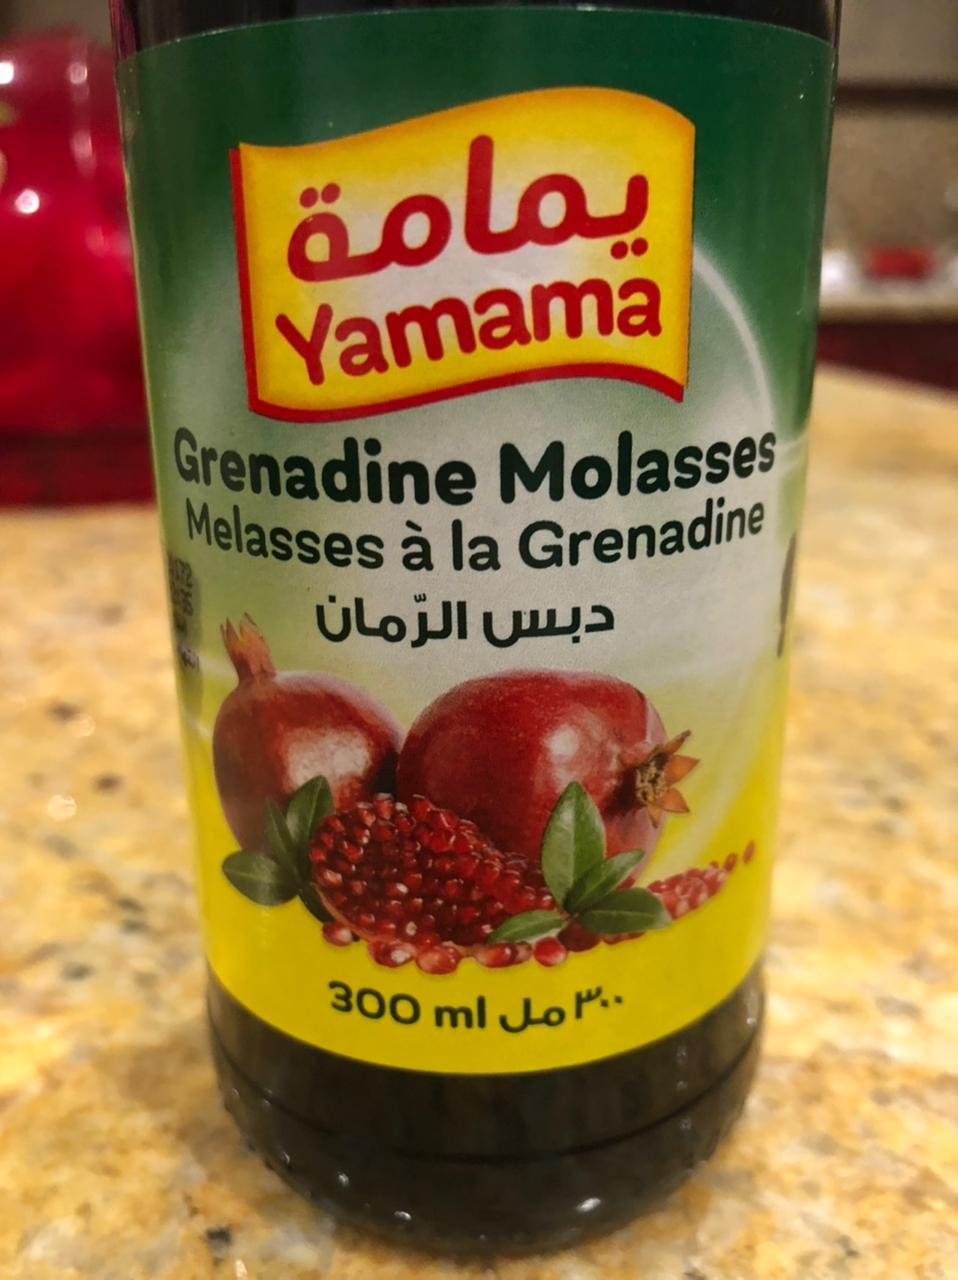
Text in image: يمامة الرمان دبس 300 مل Yamama Molasses Grenadine Grenadine Melasses a la 300 ml